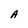
Character: A